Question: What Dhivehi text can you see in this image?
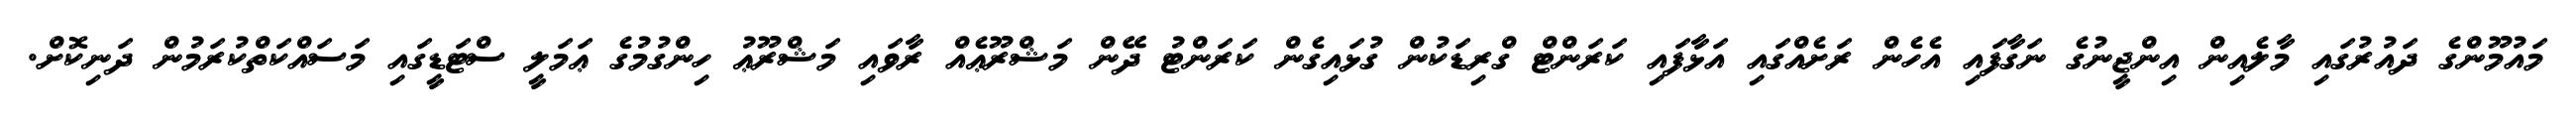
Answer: މައުމޫންގެ ދައުރުގައި މާލެއިން އިންޖީނުގެ ނަގާފައި އެހެން ރަށެއްގައި އަޅާފައި ކަރަންޓް ގްރިޑަކުން ގުޅައިގެން ކަރަންޓު ދޭން މަޝްރޫޢެއް ރާވައި މަޝްރޫޢު ހިންގުމުގެ ޢަމަލީ ސްޓަޑީގައި މަސައްކަތްކުރަމުން ދަނިކޮށް.